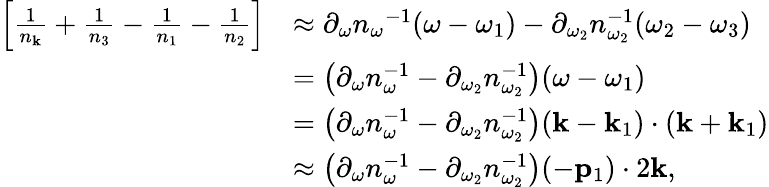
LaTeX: \begin{array}{rl}{\left[\frac{1}{n_{\mathbf k}}+\frac{1}{n_{3}}-\frac{1}{n_{1}}-\frac{1}{n_{2}}\right]}&{\approx\partial_{\omega}{n_{\omega}}^{-1}(\omega-\omega_{1})-\partial_{\omega_{2}}n_{\omega_{2}}^{-1}(\omega_{2}-\omega_{3})}\\ &{=\left(\partial_{\omega}n_{\omega}^{-1}-\partial_{\omega_{2}}n_{\omega_{2}}^{-1}\right)(\omega-\omega_{1})}\\ &{=\left(\partial_{\omega}n_{\omega}^{-1}-\partial_{\omega_{2}}n_{\omega_{2}}^{-1}\right)({\mathbf k}-{\mathbf k}_{1})\cdot({\mathbf k}+{\mathbf k}_{1})}\\ &{\approx\left(\partial_{\omega}n_{\omega}^{-1}-\partial_{\omega_{2}}n_{\omega_{2}}^{-1}\right)(-{\mathbf p}_{1})\cdot 2{\mathbf k},}\end{array}